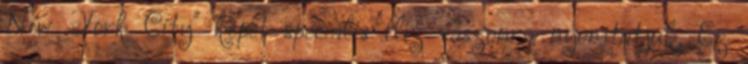
New York City" képet speciális flíz vászonra nyomtatjuk. Ez